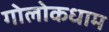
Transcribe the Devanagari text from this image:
गोलोकधाम